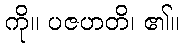
ကို။ ပဇဟတိ၊ ၏။